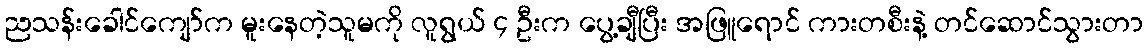
ညသန်းခေါင်ကျော်က မူးနေတဲ့သူမကို လူရွယ် ၄ ဦးက ပွေ့ချီပြီး အဖြူရောင် ကားတစီးနဲ့ တင်ဆောင်သွားတာ